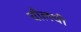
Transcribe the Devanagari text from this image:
चौलची